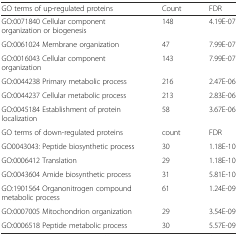
| GO terms of up-regulated proteins | Count | FDR |
 | --- | --- | --- |
 | GO:0071840 Cellular component organization or biogenesis | 148 | 4.19E-07 |
 | GO:0061024 Membrane organization | 47 | 7.99E-07 |
 | GO:0016043 Cellular component organization | 143 | 7.99E-07 |
 | GO:0044238 Primary metabolic process | 216 | 2.47E-06 |
 | GO:0044237 Cellular metabolic process | 213 | 2.83E-06 |
 | GO:0045184 Establishment of protein localization | 58 | 3.67E-06 |
 | GO terms of down-regulated proteins | count | FDR |
 | GO0043043: Peptide biosynthetic process | 30 | 1.18E-10 |
 | GO:0006412 Translation | 29 | 1.18E-10 |
 | GO:0043604 Amide biosynthetic process | 31 | 5.81E-10 |
 | GO:1901564 Organonitrogen compound metabolic process | 61 | 1.24E-09 |
 | GO:0007005 Mitochondrion organization | 29 | 3.54E-09 |
 | GO:0006518 Peptide metabolic process | 30 | 5.57E-09 |